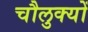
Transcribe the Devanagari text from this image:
चौलुक्यों